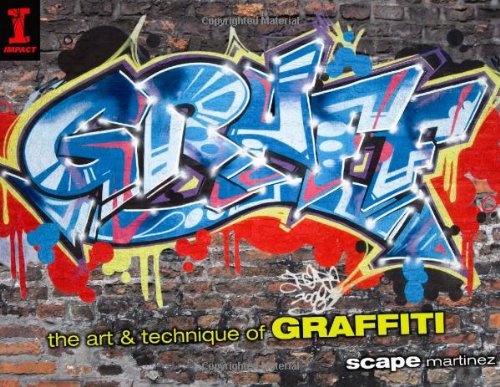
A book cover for GRAFF: The Art & Technique of Graffiti; Scape Martinez; Arts & Photography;